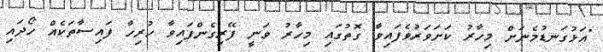
"އަޅުގަނޑުމެނަށް މިހާރު ކަށަވަރުވެފައިވާ ގޮތުގައި މިހާރު ވަނީ ފޭރިގެންފައިވާ ހުރިހާ ފައިސާތަކެއް ހޯދައި